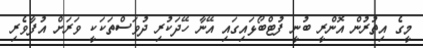
މީގެ އިތުރުން އޮންރީ ބުނީ ފުޓްބޯޅައިގައި އޭނާ ހޭދަކުރި ދުވަސްތަކަކީ ވަރަށް އުފާވެރި